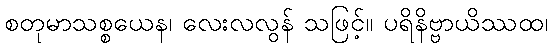
စတုမာသစ္စယေန၊ လေးလလွန် သဖြင့်။ ပရိနိဗ္ဗာယိဿထ၊